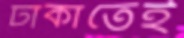
ঢাকাতেই